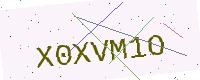
Text: X0XVM1O